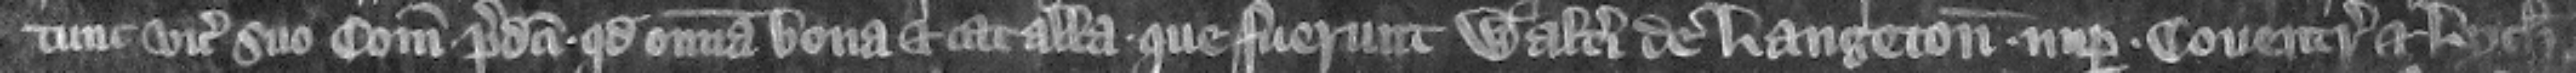
tunc vicecomiti suo comitatus predicti quod omnia bona et catalla que fuerunt Walteri de Langeton nuper Couentriensis et Lychfeldensis